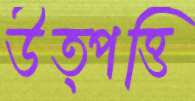
উত্পত্তি